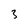
Character: 3